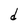
Character: d